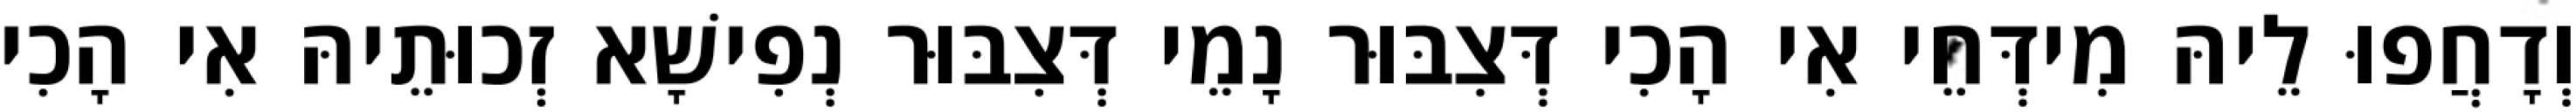
וְדָחֲפוּ לֵיהּ מִידְּחֵי אִי הָכִי דְּצִבּוּר נָמֵי דְּצִבּוּר נְפִישָׁא זְכוּתֵיהּ אִי הָכִי